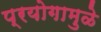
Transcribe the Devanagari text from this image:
प्रयोगामुळे